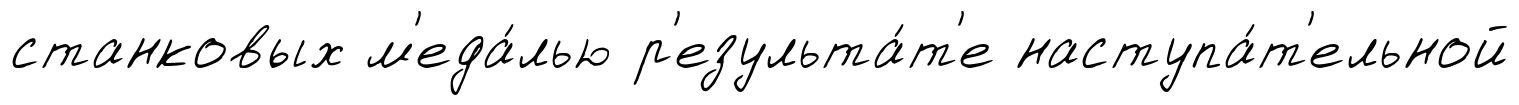
станковых м'еда́лью р'езульта́т'е наступа́т'ельной